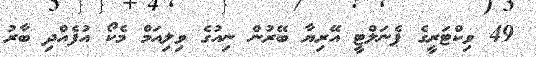
49 ވިކްޓަރީގެ ޕެނަލްޓީ އޭރިޔާ ބޭރުން ނިއުގެ ވިލިއަމް މެކޯ އުފެއްދި ބާރު